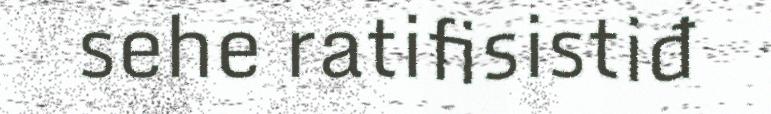
sehe ratifisistiđ